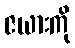
ဇယားကို